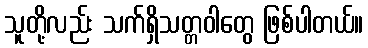
သူတို့လည်း သက်ရှိသတ္တဝါတွေ ဖြစ်ပါတယ်။